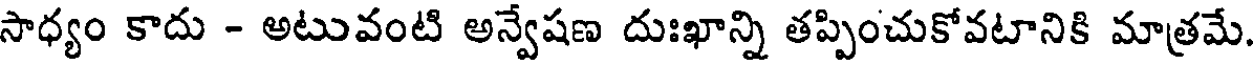
సాధ్యం కాదు - అటువంటి అన్వేషణ దుఃఖాన్ని తప్పించుకోవటానికి మాత్రమే.